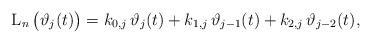
LaTeX: \begin{align*}\operatorname L_{n}\big(\vartheta_j (t) \big) =k_{0,j}\,\vartheta_{j}(t) + k_{1,j}\,\vartheta_{j-1}(t) +k_{2,j}\,\vartheta_{j-2}(t),\end{align*}